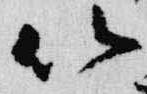
以